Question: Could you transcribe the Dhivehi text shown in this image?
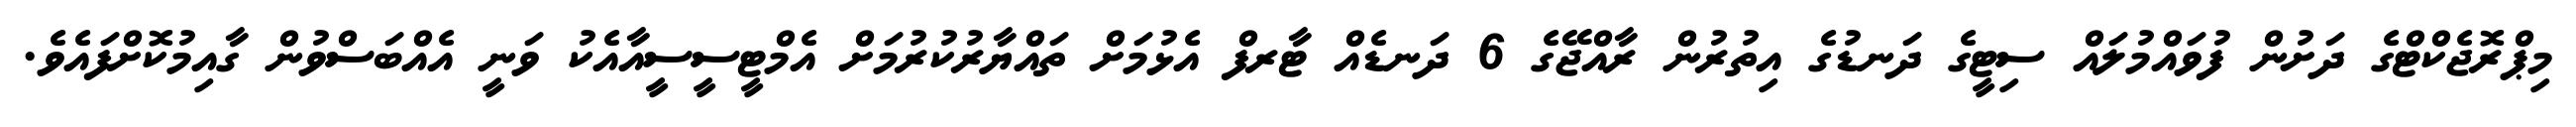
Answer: މިޕްރޮޖެކްޓްގެ ދަށުން ފުވައްމުލައް ސިޓީގެ ދަނޑުގެ އިތުރުން ރާއްޖޭގެ 6 ދަނޑެއް ޓާރފް އެޅުމަށް ތައްޔާރުކުރުމަށް އެމްޓީސީސީއާއެކު ވަނީ އެއްބަސްވުން ގާއިމުކޮށްފައެވެ.